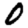
Digit: 0